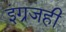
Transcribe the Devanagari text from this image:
इंग्रजही